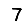
Digit: 7